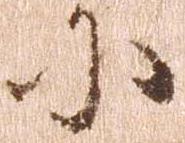
に